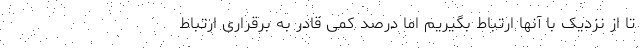
تا از نزدیک با آنها ارتباط بگیریم اما درصد کمی قادر به برقراری ارتباط